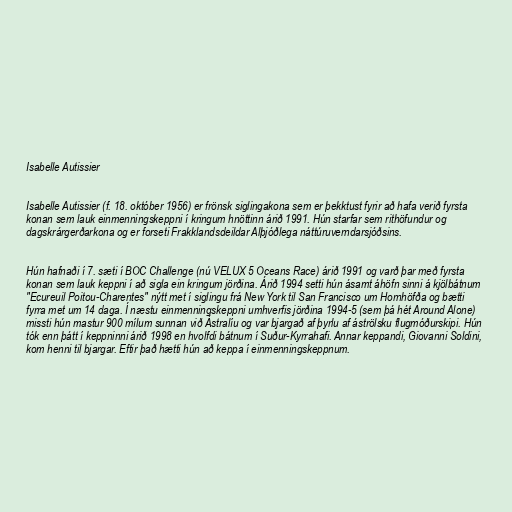
Isabelle Autissier

Isabelle Autissier (f. 18. október 1956) er frönsk siglingakona sem er þekktust fyrir að hafa verið fyrsta
konan sem lauk einmenningskeppni í kringum hnöttinn árið 1991. Hún starfar sem rithöfundur og
dagskrárgerðarkona og er forseti Frakklandsdeildar Alþjóðlega náttúruverndarsjóðsins.

Hún hafnaði í 7. sæti í BOC Challenge (nú VELUX 5 Oceans Race) árið 1991 og varð þar með fyrsta
konan sem lauk keppni í að sigla ein kringum jörðina. Árið 1994 setti hún ásamt áhöfn sinni á kjölbátnum
"Ecureuil Poitou-Charentes" nýtt met í siglingu frá New York til San Francisco um Hornhöfða og bætti
fyrra met um 14 daga. Í næstu einmenningskeppni umhverfis jörðina 1994-5 (sem þá hét Around Alone)
missti hún mastur 900 mílum sunnan við Ástralíu og var bjargað af þyrlu af áströlsku flugmóðurskipi. Hún
tók enn þátt í keppninni árið 1998 en hvolfdi bátnum í Suður-Kyrrahafi. Annar keppandi, Giovanni Soldini,
kom henni til bjargar. Eftir það hætti hún að keppa í einmenningskeppnum.